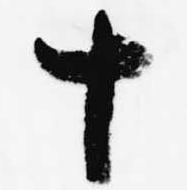
十